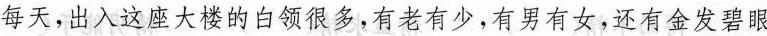
每天，出入这座大楼的白领很多，有老有少，有男有女，还有金发碧眼